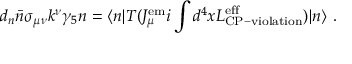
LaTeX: d _ { n } \bar { n } \sigma _ { \mu \nu } k ^ { \nu } \gamma _ { 5 } n = \langle n | T ( J _ { \mu } ^ { \mathrm { e m } } i \int d ^ { 4 } x { \cal { L } } _ { \mathrm { C P - v i o l a t i o n } } ^ { \mathrm { e f f } } ) | n \rangle ~ .